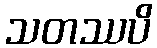
သတဿပိ